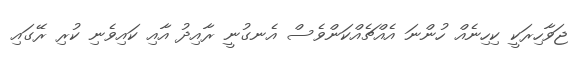
ޖަވާހިރަކީ ކިހިނެއް ހުންނަ އެއްޗެއްކަންވެސް އެނގުނީ ރާއިދު އާއި ކައިވެނި ކުރި ރޭގައި